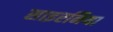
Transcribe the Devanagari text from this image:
साइरनिया